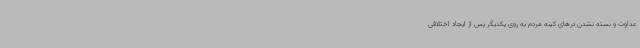
عداوت و بسته نشدن درهای کینه مردم به روی یکدیگر پس از ایجاد اختلافی